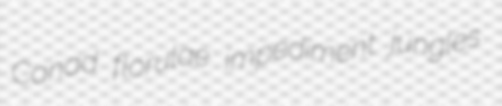
Canad florulae impediment jungles